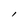
Character: l